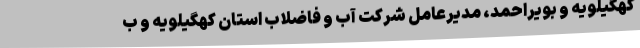
کهگیلویه و بویراحمد، مدیرعامل شرکت آب و فاضلاب استان کهگیلویه و ب